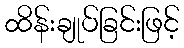
ထိန်းချုပ်ခြင်းဖြင့်